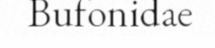
Bufonidae